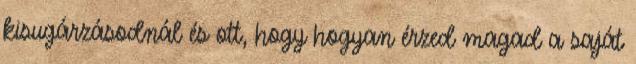
kisugárzásodnál és ott, hogy hogyan érzed magad a saját